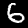
Label: 6